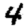
Digit: 4